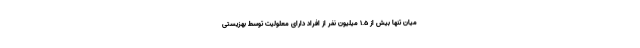
میان تنها بیش از ۱.۵ میلیون نفر از افراد دارای معلولیت توسط بهزیستی